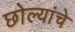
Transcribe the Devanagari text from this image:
छोल्यांचे